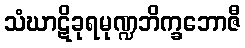
သံဃာဋိခုရမုဏ္ဍဘိက္ခဘောဇီ